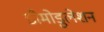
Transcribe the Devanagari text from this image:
डीमोडुलेशन